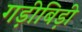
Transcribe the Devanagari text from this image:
गड़ीबिड़ी